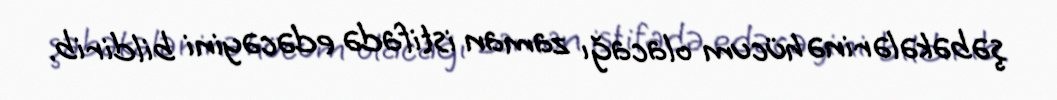
şəbəkələrinə hücum olacağı zaman istifadə edəcəyini bildirib.